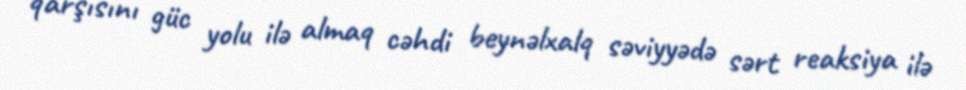
qarşısını güc yolu ilə almaq cəhdi beynəlxalq səviyyədə sərt reaksiya ilə